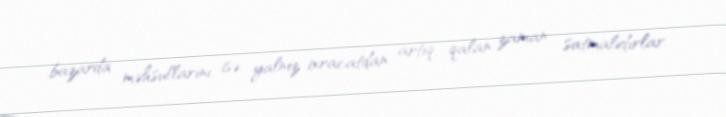
bazarda məhsullarını isə yalnız ixracatdan artıq qalan zaman satmalıdırlar.